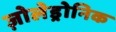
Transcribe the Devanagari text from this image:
ज़ोलेड्रोनिक